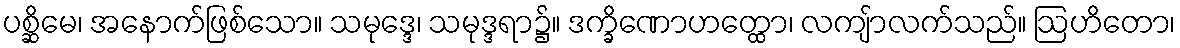
ပစ္ဆိမေ၊ အနောက်ဖြစ်သော။ သမုဒ္ဒေ၊ သမုဒ္ဒရာ၌။ ဒက္ခိဏောဟတ္ထော၊ လကျ်ာလက်သည်။ ဩဟိတော၊